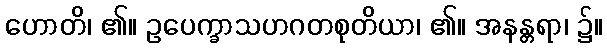
ဟောတိ၊ ၏။ ဥပေက္ခာသဟဂတစုတိယာ၊ ၏။ အနန္တရာ၊ ၌။